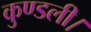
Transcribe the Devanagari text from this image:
कुण्डली।